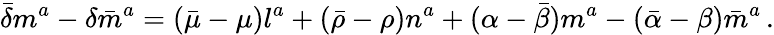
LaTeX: {\bar{\delta}}m^{a}-\delta{\bar{m}}^{a}=({\bar{\mu}}-\mu)l^{a}+({\bar{\rho}}-\rho)n^{a}+(\alpha-{\bar{\beta}})m^{a}-({\bar{\alpha}}-\beta){\bar{m}}^{a}\, .